Vaccine operations Central Provinces 1868-1885 - 1868-1885
Year: 1868
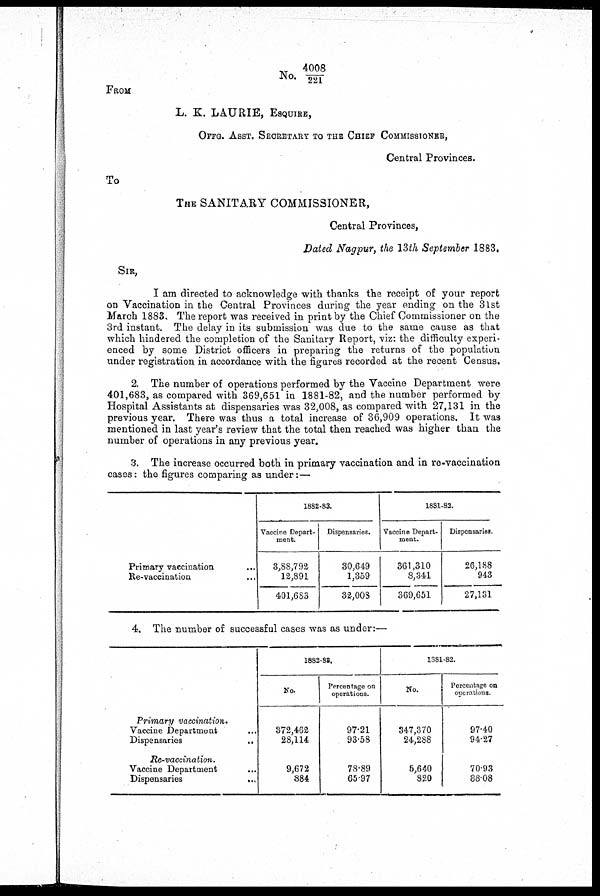
No. 4008/221
FROM
L. K. LAURIE, ESQUIRE,
OFFG. ASST. SECRETARY TO THE CHIEF COMMISSIONER,
Central Provinces.
To
THE SANITARY COMMISSIONER,
Central Provinces,
Dated Nagpur, the 13th September 1883.
SIR,
I am directed to acknowledge with thanks the receipt of your report
on Vaccination in the Central Provinces during the year ending on the 31st
March 1883, The report was received in print by the Chief Commissioner on the
3rd instant. The delay in its submission was due to the same cause as that
which hindered the completion of the Sanitary Report, viz: the difficulty experi-
enced by some District officers in preparing the returns of the population
under registration in accordance with the figures recorded at the recent Census.
2. The number of operations performed by the Vaccine Department were
401,683, as compared with 369,651 in 1881-82, and the number performed by
Hospital Assistants at dispensaries was 32,008, as compared with 27,131 in the
previous year. There was thus a total increase of 36,909 operations. It was
mentioned in last year's review that the total then reached was higher than the
number of operations in any previous year.
3. The increase occurred both in primary vaccination and in re-vaccination
cases: the figures comparing as under:—
Primary vaccination
...
Re-vaccination.... ...
1882-83.
Vaccine Depart-
ment.
3,88,792
12,891
401,683
Dispensaries.
30,649
1,359
32,008
1881-82.
Vaccine Depart-
ment.
361,310
8,341
369,651
Dispensaries.
26,188
943
27,131
4. The number of successful cases was as under:—
Primary vaccination.
Vaccine Department... ... ...
Dispensaries...
...
Re-vaccination.
Vaccine Department... ... ...
Dispensaries...
...
...
1882-83.
No.
372,462
28,114
9,672
884
Percentage on
operations.
97.21
93.58
78.89
65.97
1881-82.
No.
347,370
24,288
5,640
820
Percentage on
operations.
97.40
94.27
70.93
88.08